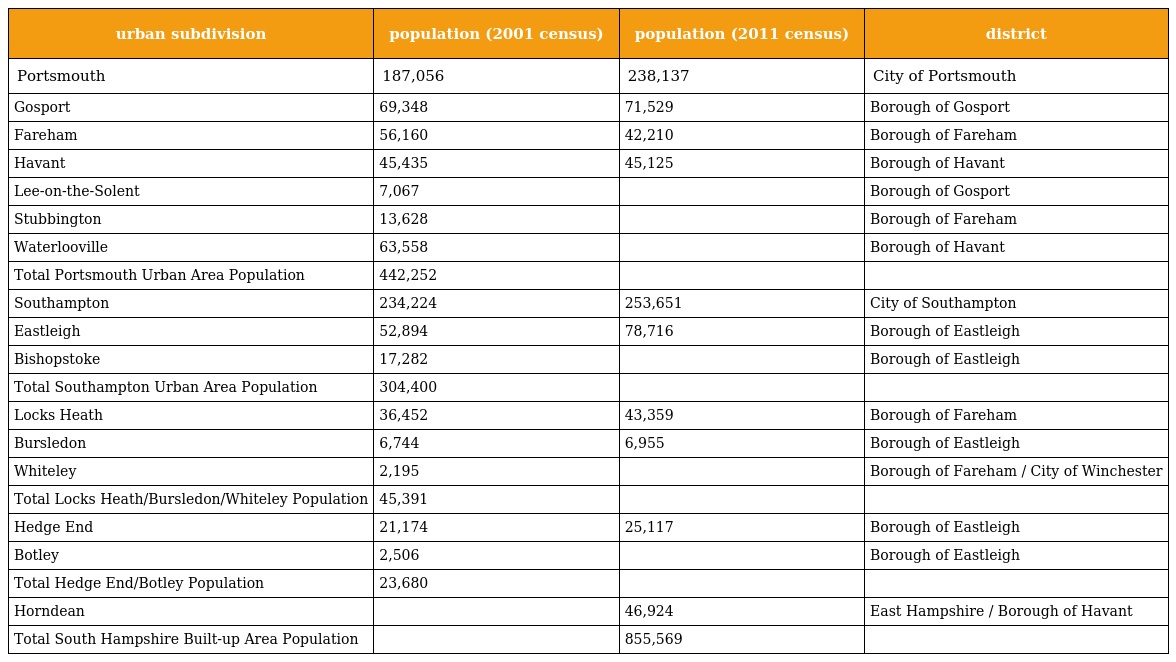
| urban subdivision | population (2001 census) | population (2011 census) | district |
 | --- | --- | --- | --- |
 | Portsmouth | 187,056 | 238,137 | City of Portsmouth |
 | Gosport | 69,348 | 71,529 | Borough of Gosport |
 | Fareham | 56,160 | 42,210 | Borough of Fareham |
 | Havant | 45,435 | 45,125 | Borough of Havant |
 | Lee-on-the-Solent | 7,067 |  | Borough of Gosport |
 | Stubbington | 13,628 |  | Borough of Fareham |
 | Waterlooville | 63,558 |  | Borough of Havant |
 | Total Portsmouth Urban Area Population | 442,252 |  |  |
 | Southampton | 234,224 | 253,651 | City of Southampton |
 | Eastleigh | 52,894 | 78,716 | Borough of Eastleigh |
 | Bishopstoke | 17,282 |  | Borough of Eastleigh |
 | Total Southampton Urban Area Population | 304,400 |  |  |
 | Locks Heath | 36,452 | 43,359 | Borough of Fareham |
 | Bursledon | 6,744 | 6,955 | Borough of Eastleigh |
 | Whiteley | 2,195 |  | Borough of Fareham / City of Winchester |
 | Total Locks Heath/Bursledon/Whiteley Population | 45,391 |  |  |
 | Hedge End | 21,174 | 25,117 | Borough of Eastleigh |
 | Botley | 2,506 |  | Borough of Eastleigh |
 | Total Hedge End/Botley Population | 23,680 |  |  |
 | Horndean |  | 46,924 | East Hampshire / Borough of Havant |
 | Total South Hampshire Built-up Area Population |  | 855,569 |  |